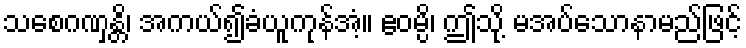
သစေဂဏှန္တိ၊ အကယ်၍ခံယူကုန်အံ့။ ဧဝမ္ပိ၊ ဤသို့ မအပ်သောနာမည်ဖြင့်